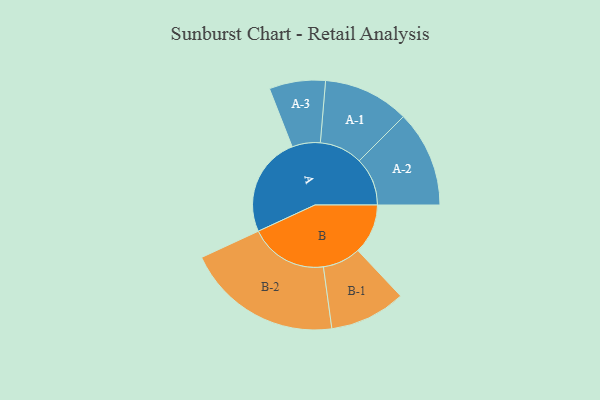
{"axis": {"x": "Segment", "y": "Value"}, "legend": ["", "A", "B"], "data": [{"x": "A", "y": 384, "type": ""}, {"x": "B", "y": 192, "type": ""}, {"x": "A-1", "y": 165, "type": "A"}, {"x": "A-2", "y": 185, "type": "A"}, {"x": "A-3", "y": 108, "type": "A"}, {"x": "B-1", "y": 146, "type": "B"}, {"x": "B-2", "y": 300, "type": "B"}]}